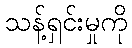
သန့်ရှင်းမှုကို